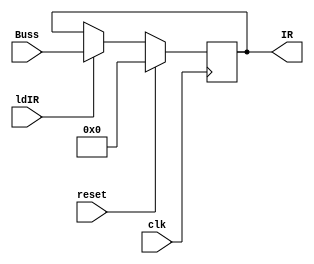
`timescale 1ns / 1ps
//////////////////////////////////////////////////////////////////////////////////
// Company: 
// Engineer: 
// 
// Design Name: 
// Module Name:    IR 
// Project Name: 
// Target Devices: 
// Tool versions: 
// Description: 
//
// Dependencies: 
//
// Revision: 
// Revision 0.01 - File Created
// Additional Comments: 
//
//////////////////////////////////////////////////////////////////////////////////
module IR(IR, clk, Buss, reset, ldIR);

input clk, reset, ldIR;
input [15:0] Buss;
output reg [15:0] IR;

always @(posedge clk)
 if (reset) IR <= 16'd0;
else if (ldIR) IR <= Buss;
endmodule